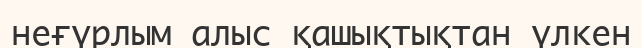
неғүрлым алыс қашықтықтан үлкен